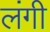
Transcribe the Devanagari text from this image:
लंगी